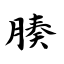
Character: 腠